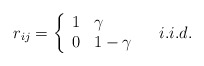
\begin{align*}r_{ij} = \left\{\begin{array}{ll}1 & \gamma \\0 & 1-\gamma\end{array}\right.\ \ \ i.i.d.\end{align*}